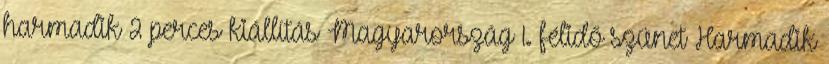
harmadik 2 perces kiállítás Magyarország 1. félidő szünet Harmadik